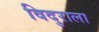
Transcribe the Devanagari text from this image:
विदुराला